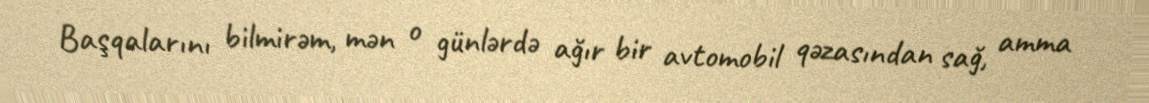
Başqalarını bilmirəm, mən o günlərdə ağır bir avtomobil qəzasından sağ, amma